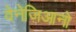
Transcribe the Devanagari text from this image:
वेनेज़िआनो